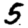
Digit: 5